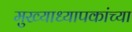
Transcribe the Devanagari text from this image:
मुख्याध्यापकांच्या